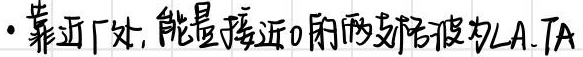
· 靠近 \(\Gamma\)处，能量接近0的两支格波为LA、TA